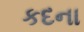
કદના